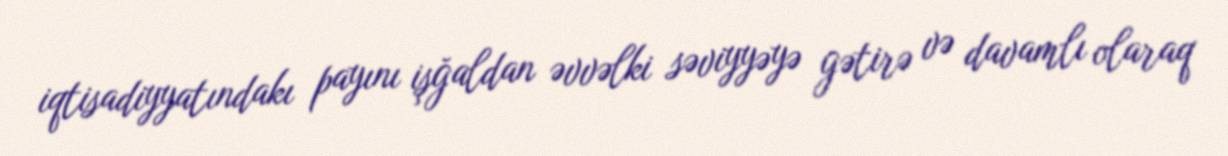
iqtisadiyyatındakı payını işğaldan əvvəlki səviyyəyə gətirə və davamlı olaraq